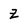
Character: Z